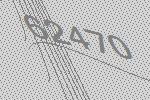
62470